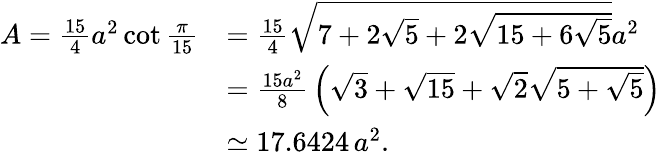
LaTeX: {\begin{array}{rl}{A={\frac{15}{4}}a^{2}\cot{\frac{\pi}{15}}}&{={\frac{15}{4}}{\sqrt{7+2{\sqrt{5}}+2{\sqrt{15+6{\sqrt{5}}}}}}a^{2}}\\ &{={\frac{15a^{2}}{8}}\left({\sqrt{3}}+{\sqrt{15}}+{\sqrt{2}}{\sqrt{5+{\sqrt{5}}}}\right)}\\ &{\simeq 17.6424\, a^{2}.}\end{array}}